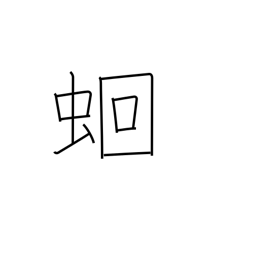
Meaning: intestinal worms